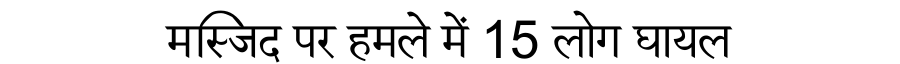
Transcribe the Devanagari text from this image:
मस्जिद पर हमले में 15 लोग घायल